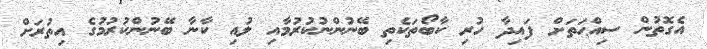
އެގޮތުން ސިއްޙަތަށް ފައިދާ ހުރި ކާބޯތަކެތި ބޭނުންނުކުރުމާއި ލުއި ކާނާ ބޭނުންކުރުމުގެ އިތުރަށް